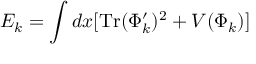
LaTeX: E _ { k } = \int d x [ \mathrm { T r } ( \Phi _ { k } ^ { \prime } ) ^ { 2 } + V ( \Phi _ { k } ) ]